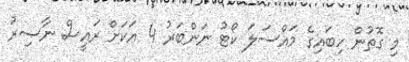
މި ގޮތުން ހިބައިގެ މައްސަލަ ކޯޓު ނަންބަރު 4 އަކަށް ރައީސް ނާޞިރު